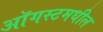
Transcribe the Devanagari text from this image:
ऑगस्टमधील